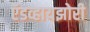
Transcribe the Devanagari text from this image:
ऍडव्हायझोरी